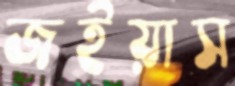
জইয়াস